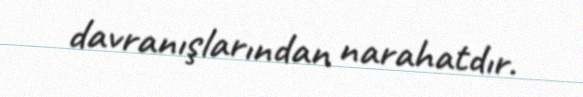
davranışlarından narahatdır.